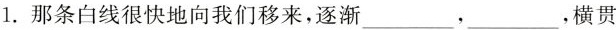
1.那条白线很快地向我们移来，逐渐___，___，横贯